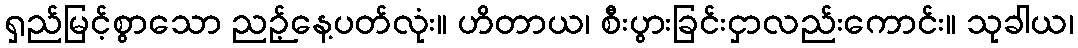
ရှည်မြင့်စွာသော ညဉ့်နေ့ပတ်လုံး။ ဟိတာယ၊ စီးပွားခြင်းငှာလည်းကောင်း။ သုခါယ၊